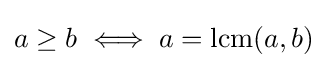
a\geq b\iff a=\operatorname {lcm} (a,b)